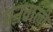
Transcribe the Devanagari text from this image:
मनवाली